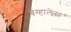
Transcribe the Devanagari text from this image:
बेंग्हालेंस